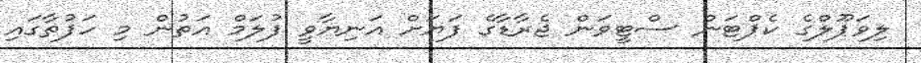
ލިވަޕޫލްގެ ކެޕްޓަން ސްޓީވަން ޖެރާޑާގެ ފަޔަށް އަނިޔާވީ ފުލަމް އަތުން މި ހަފުތާގައި